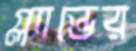
গ্ল্যান্ডের